65_HS1-834228961_62-HQ-83894_Section_6
Agency: FBI
Page 153
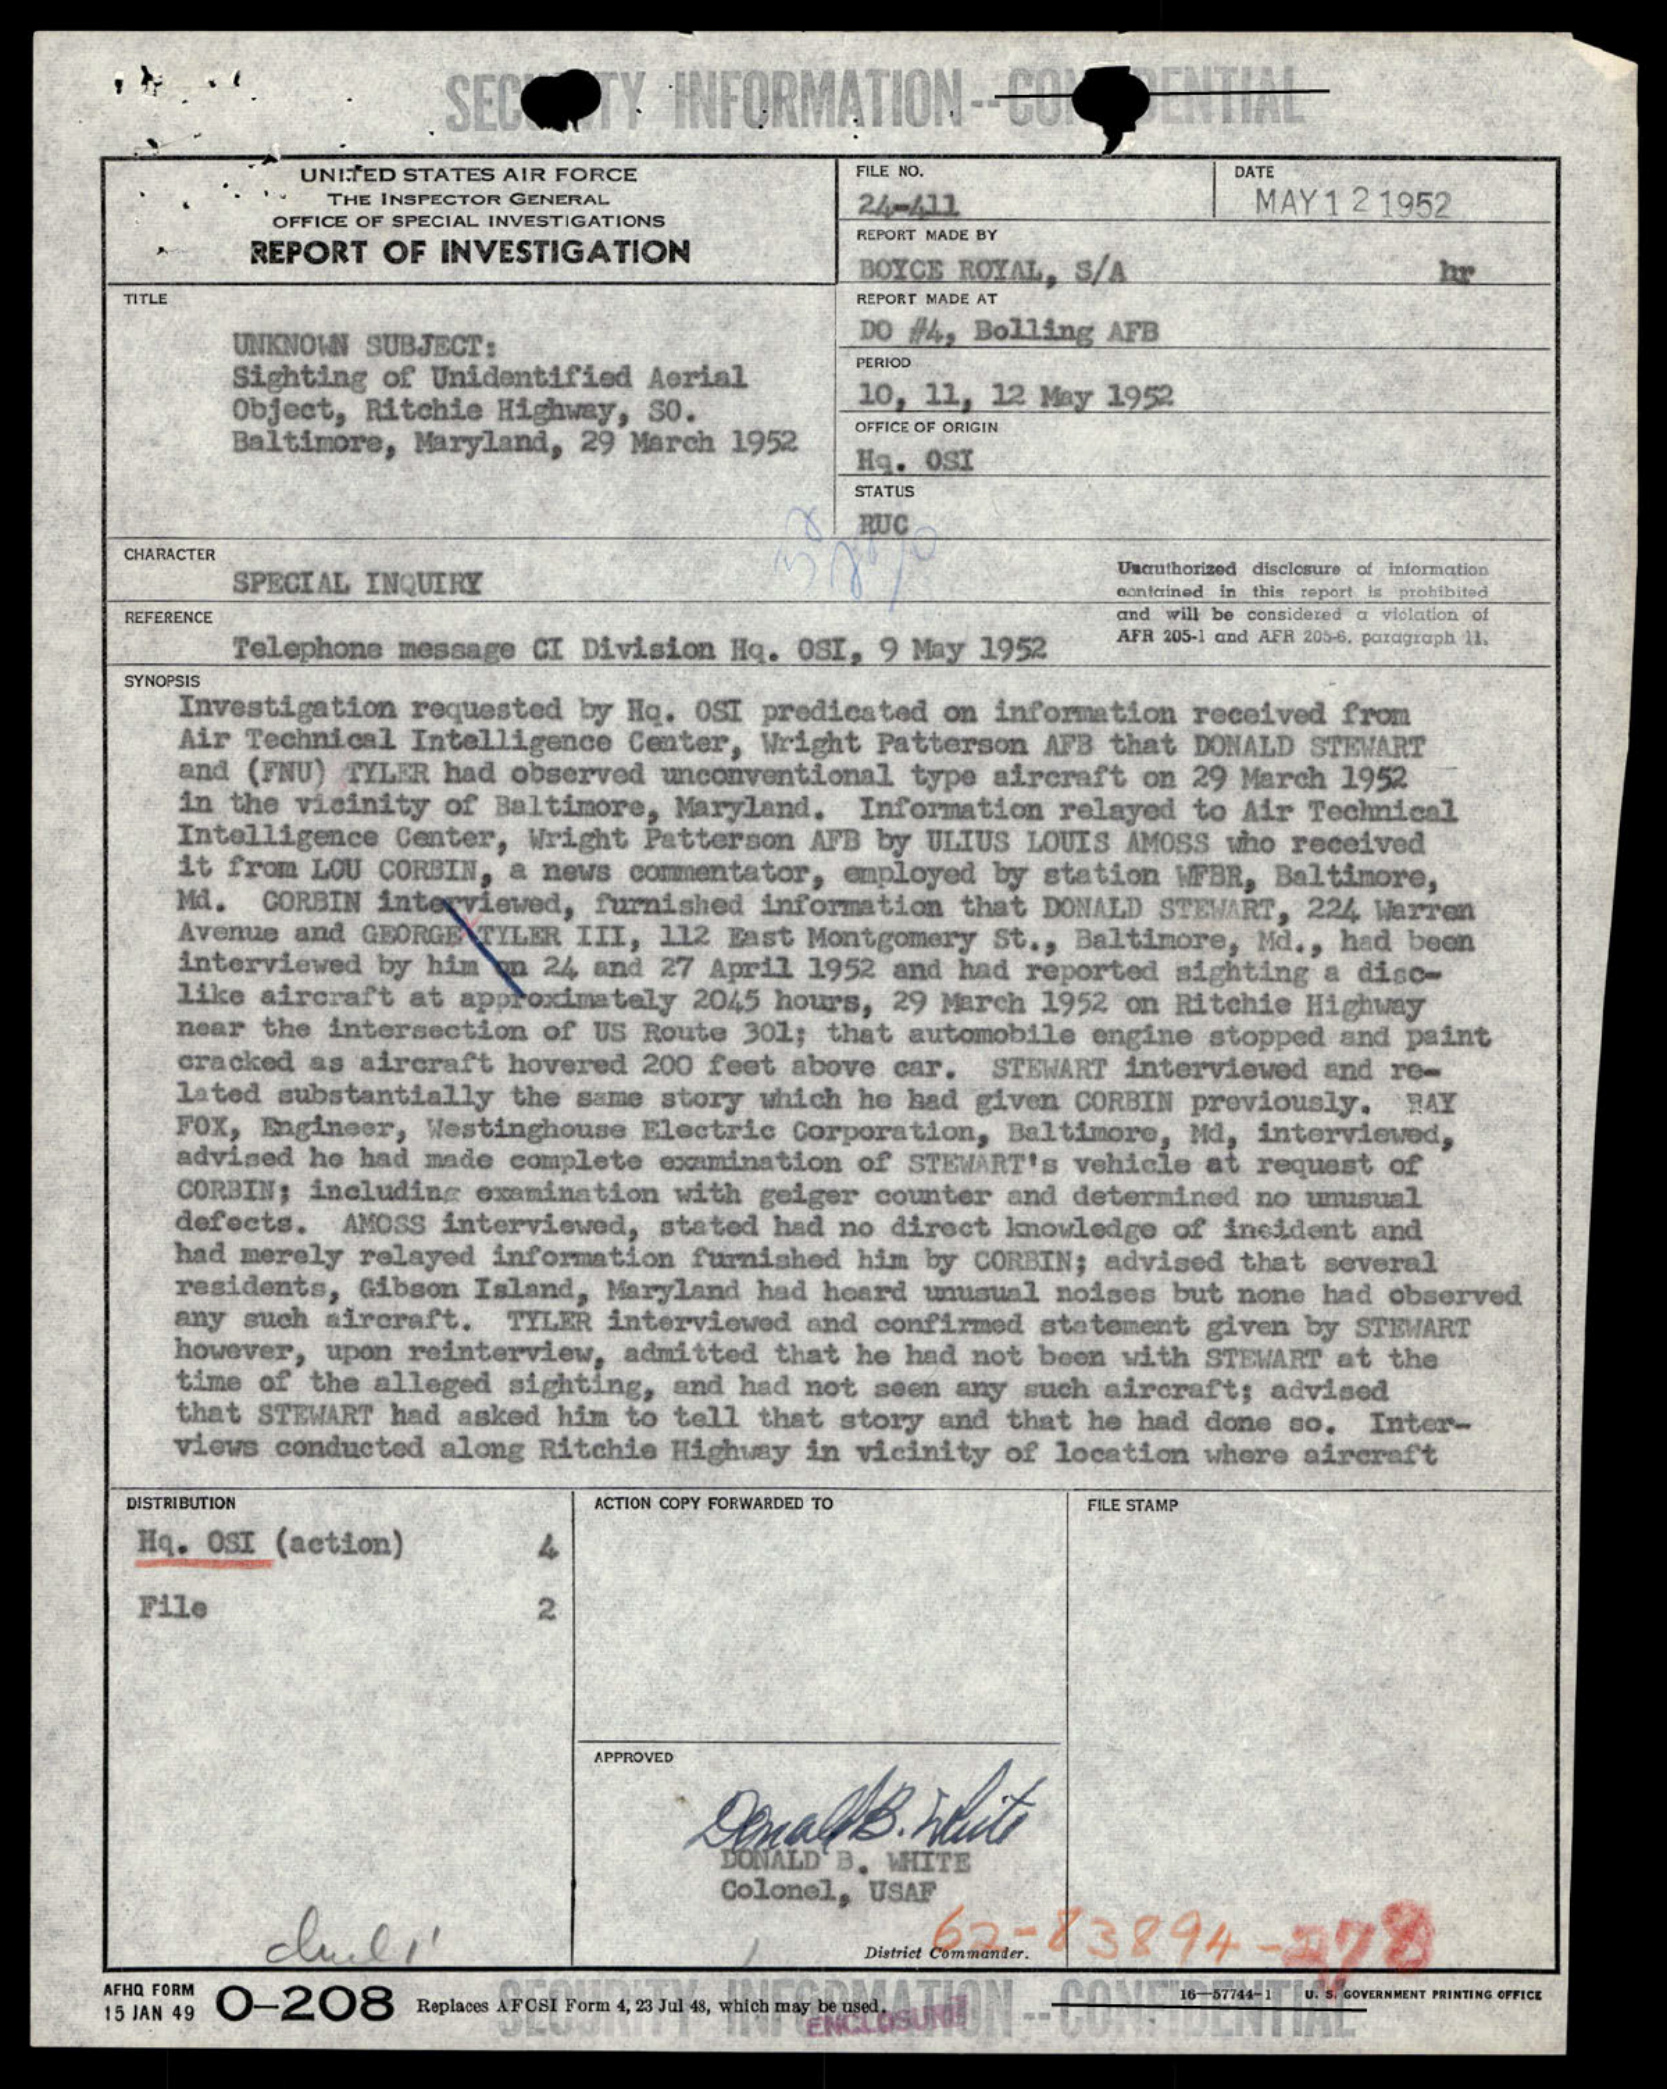